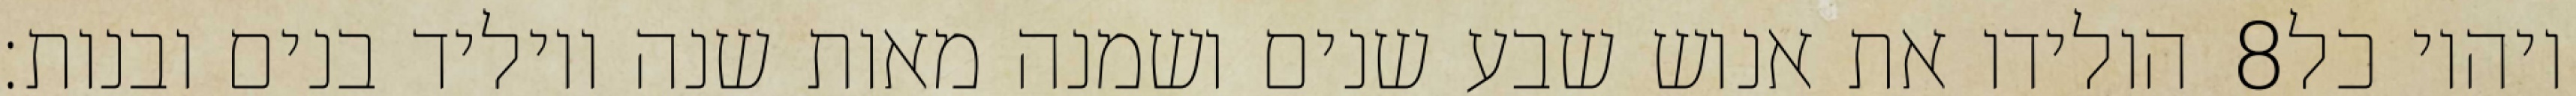
הולידו את אנוש שבע שנים ושמנה מאות שנה ויוליד בנים ובנות׃ ‎8‏ ויהיו כל